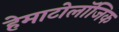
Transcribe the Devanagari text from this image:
हेमाटोलॉजिक